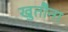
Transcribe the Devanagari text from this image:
खुतौना